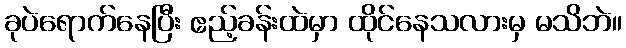
ခုပဲရောက်နေပြီး ဧည့်ခန်းထဲမှာ ထိုင်နေသလားမှ မသိဘဲ။